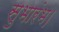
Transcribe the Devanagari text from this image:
सुभारंभ।